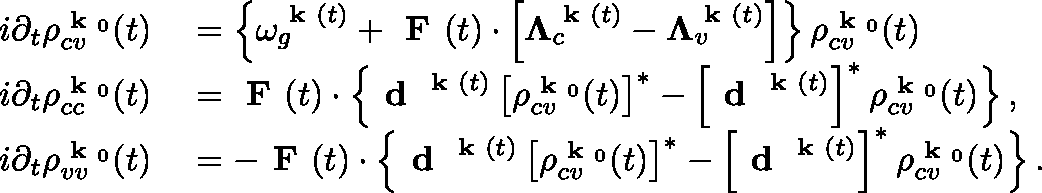
\begin{array} { r l } { i \partial _ { t } \rho _ { c v } ^ { \textbf { k } _ { 0 } } ( t ) } & { { } = \left\{ \omega _ { g } ^ { \textbf { k } ( t ) } + \textbf { F } ( t ) \cdot \left[ \mathbf { \Lambda } _ { c } ^ { \textbf { k } ( t ) } - \mathbf { \Lambda } _ { v } ^ { \textbf { k } ( t ) } \right] \right\} \rho _ { c v } ^ { \textbf { k } _ { 0 } } ( t ) } \\ { i \partial _ { t } \rho _ { c c } ^ { \textbf { k } _ { 0 } } ( t ) } & { { } = \textbf { F } ( t ) \cdot \left\{ \textbf { d } ^ { \textbf { k } ( t ) } \left[ \rho _ { c v } ^ { \textbf { k } _ { 0 } } ( t ) \right] ^ { * } - \left[ \textbf { d } ^ { \textbf { k } ( t ) } \right] ^ { * } \rho _ { c v } ^ { \textbf { k } _ { 0 } } ( t ) \right\} , } \\ { i \partial _ { t } \rho _ { v v } ^ { \textbf { k } _ { 0 } } ( t ) } & { { } = - \textbf { F } ( t ) \cdot \left\{ \textbf { d } ^ { \textbf { k } ( t ) } \left[ \rho _ { c v } ^ { \textbf { k } _ { 0 } } ( t ) \right] ^ { * } - \left[ \textbf { d } ^ { \textbf { k } ( t ) } \right] ^ { * } \rho _ { c v } ^ { \textbf { k } _ { 0 } } ( t ) \right\} . } \end{array}